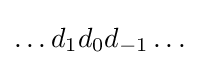
\ldots d_{1}d_{0}d_{-1}\ldots